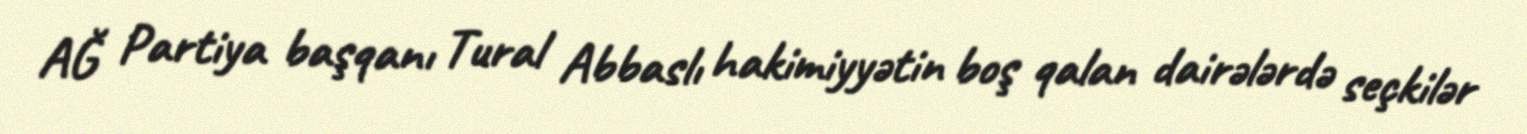
AĞ Partiya başqanı Tural Abbaslı hakimiyyətin boş qalan dairələrdə seçkilər